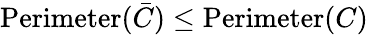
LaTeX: \operatorname{Perimeter}({\bar{C}})\leq\operatorname{Perimeter}(C)